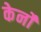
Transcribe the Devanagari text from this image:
केर्नो